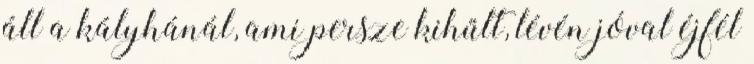
áll a kályhánál, ami persze kihűlt, lévén jóval éjfél